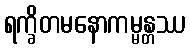
ရက္ခိတမနောကမ္မန္တဿ